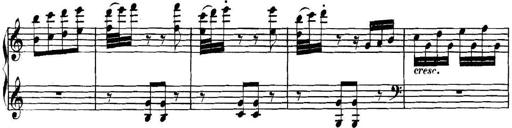
Title: Collected Piano Sonatas
Composer: Muzio Clementi